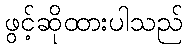
ဖွင့်ဆိုထားပါသည်